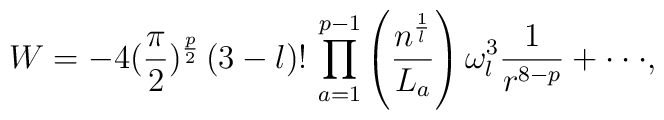
W=-4 (\frac{\pi}{2})^{\frac{p}{2}}  \,(3-l)!\,\prod_{a=1}^{p-1} \left( \frac{n^{\frac{1}{l}}}{L_a} \right) \omega_l^3\frac 1{r^{8-p}}+ \cdot\cdot\cdot ,